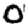
Digit: 0